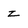
Character: z